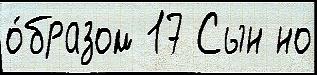
о́бразом 17 Сын но